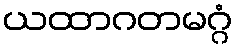
ယထာဂတမဂ္ဂံ